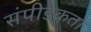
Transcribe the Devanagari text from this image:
संपीडकता